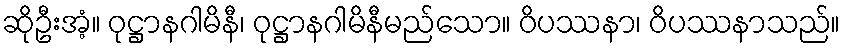
ဆိုဦးအံ့။ ဝုဋ္ဌာနဂါမိနီ၊ ဝုဋ္ဌာနဂါမိနီမည်သော။ ဝိပဿနာ၊ ဝိပဿနာသည်။